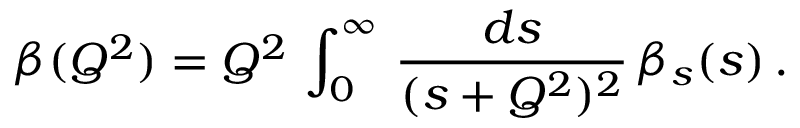
\beta ( Q ^ { 2 } ) = Q ^ { 2 } \, \int _ { 0 } ^ { \infty } \, \frac { d s } { ( s + Q ^ { 2 } ) ^ { 2 } } \, \beta _ { s } ( s ) \, .